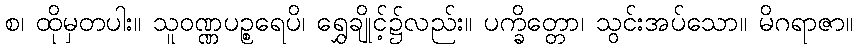
စ၊ ထိုမှတပါး။ သူဝဏ္ဏပဉ္စရေပိ၊ ရွှေချိုင့်၌လည်း။ ပက္ခိတ္တော၊ သွင်းအပ်သော။ မိဂရာဇာ။